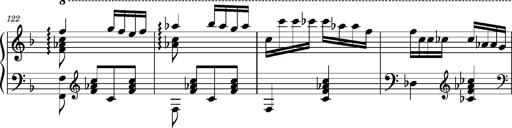
Title: Ungarischer Romanzero
Composer: Franz Liszt